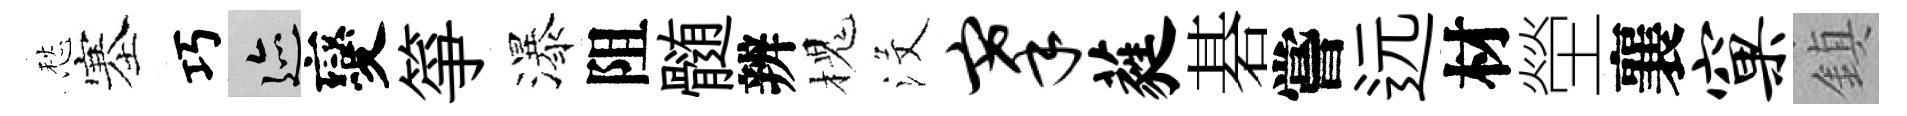
愁塞巧迹變箏瀑阻髄辨槐沒搴蕤碁嘗远材塋襄窠鎮